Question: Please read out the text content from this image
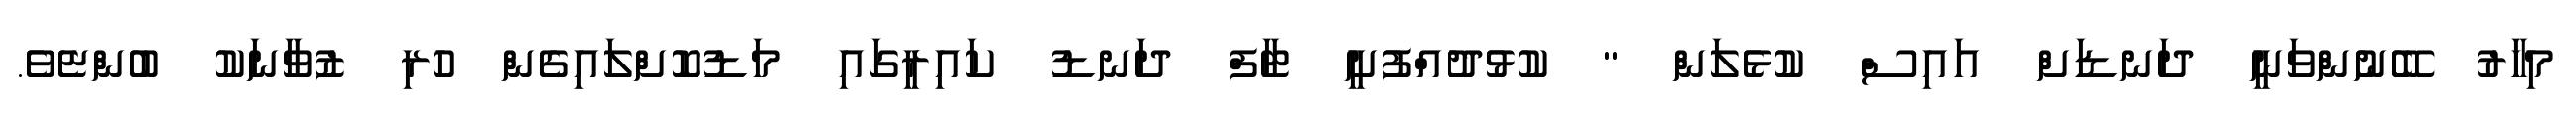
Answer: މިހާރު ބޭނުންވަނީ ދަނޑަށް އައިސް ކުޅެލަން " ކުޅުދުއްފުށީ ޓާފް ދަނޑު ކައިރީގައި މަޑުކޮށްލައިގެން ހުރި ޒުވާނަކު ބުންޏެވެ.